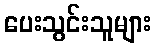
ပေးသွင်းသူများ